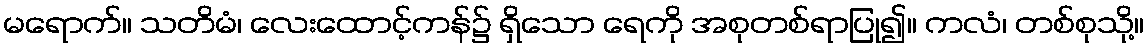
မရောက်။ သတိမံ၊ လေးထောင့်ကန်၌ ရှိသော ရေကို အစုတစ်ရာပြု၍။ ကလံ၊ တစ်စုသို့။